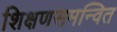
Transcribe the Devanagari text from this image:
शिक्षणसमन्वित